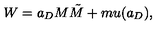
W = a _ { D } M \tilde { M } + m u ( a _ { D } ) ,